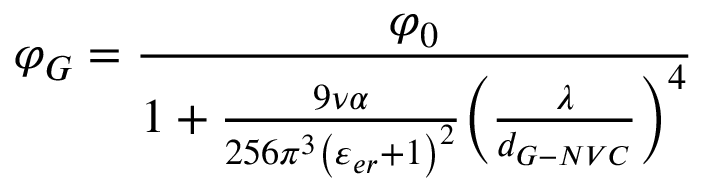
{ \varphi _ { G } } = \frac { { { \varphi _ { 0 } } } } { { 1 + \frac { { 9 \nu \alpha } } { { 2 5 6 { \pi ^ { 3 } } { { \left( { { \varepsilon _ { e r } } + 1 } \right) } ^ { 2 } } } } { { \left( { \frac { \lambda } { { { d _ { G - N V C } } } } } \right) } ^ { 4 } } } }